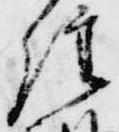
経